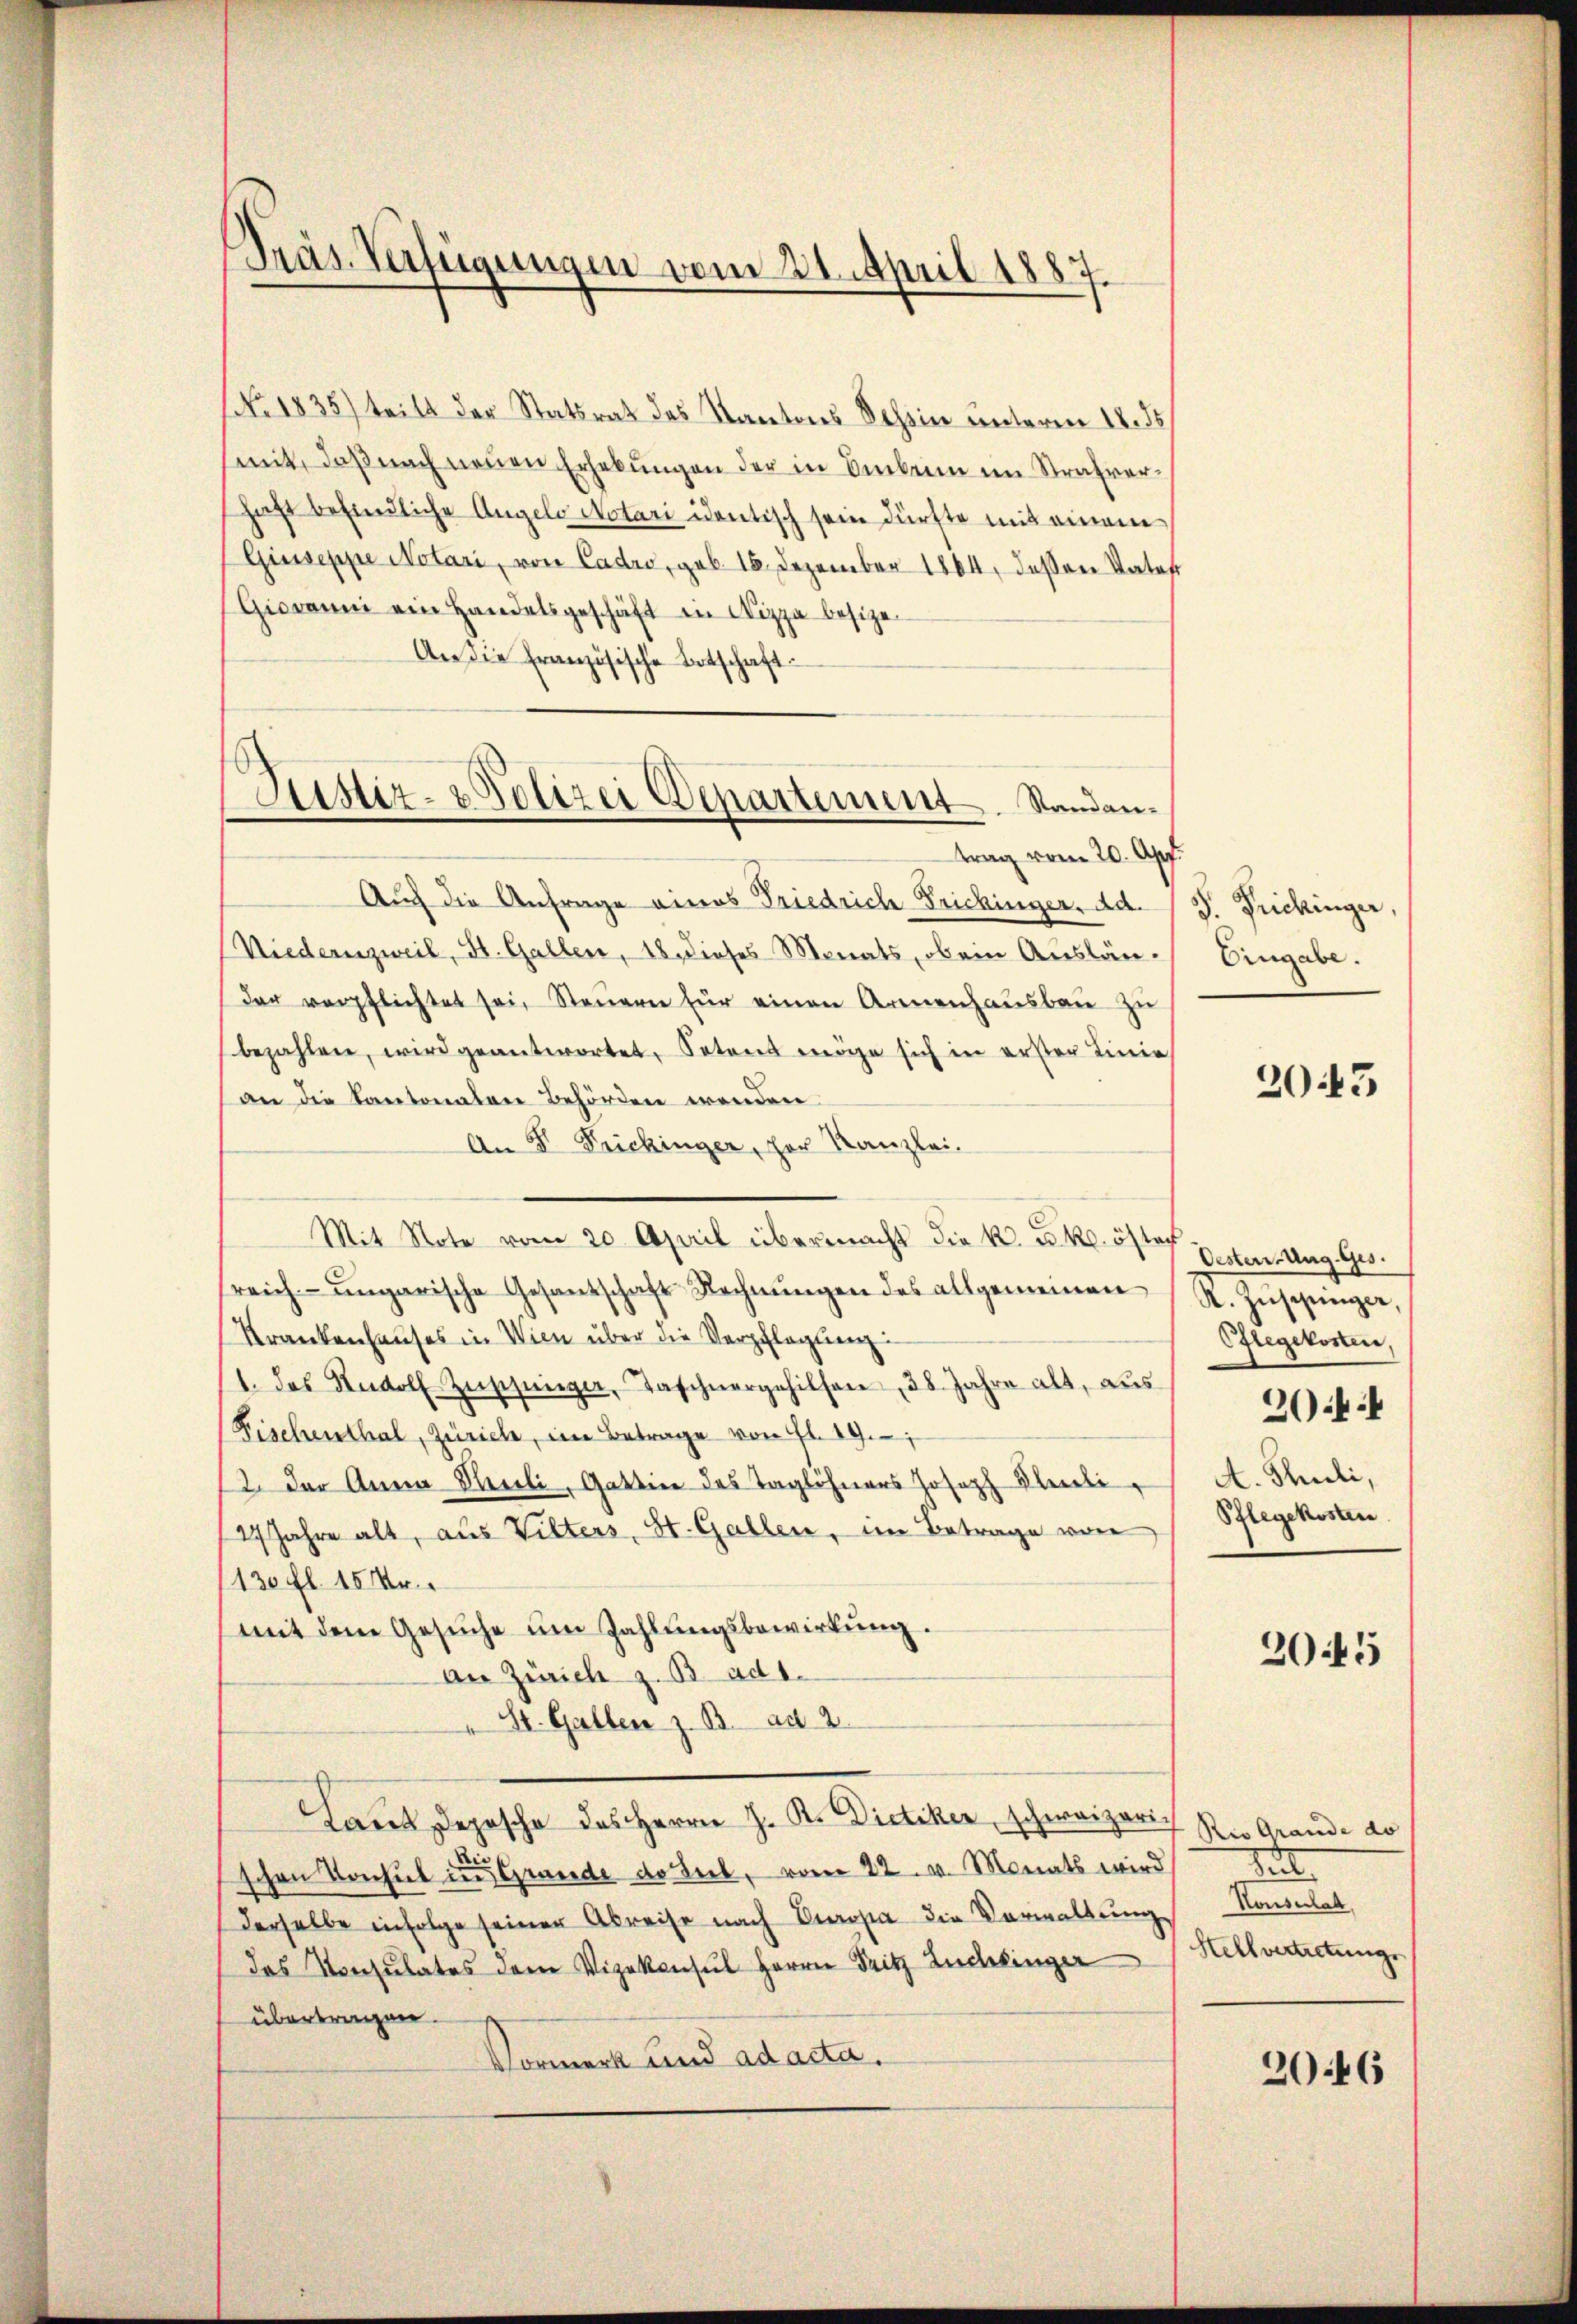
Präs. Verfügungen vom 21. April 1887

Justiz- & Polizei Departement. Standan¬

NNo. 1835) teilt der Statsrath des Kantons Tessin unterm 18. ds
mit, daß nach neuen Erhebungen der in Amber im Strafverhaft befindliche Angelo Notari identisch sein dürfte mit einem
Giuseppe Notari, von Cadro, geb. 18. Dezember 1864, deßen Vater
Giovanni ein Handelsgeschäft in Nizza besize-
An die französische Ortschaft
trag vom 20. Apr.
Auch die Anfrage eines Friedrich Frickinger, Ad.
Niedern zweil, St. Gallen, 18. dieses Monats, ob ein Auslän-
der verpflichtet sei, Steuern für einen Armenhausbau zu
bezahlen, wird geantwortet, Petens möge sich in erster Linie
an die Kantonalen Behörden wenden
An 5. Frickinger, her Kanzlei.
Mit Note vom 20. April übermacht die k. u. k. öster
sreich-ungarische Gesandschaft Rechnungen des allgemeinen
Krankenhauses in Wien über die Verpflegung:
1. das Rudolf Zuschinger, Taschnergehilfen, 38 Jahre alt, aŭs
Fischenthal, Zürich, im Betrage von fl. 19.
2. Der Anna Hereli, Gattin des Taglöhners Joseph Bleibe
27 Jahre alt, aus Wilters, St. Gallen, im Betrage von
(130 fl. 15 Xr.
mit dem Gesuche um Zahlungsbewirkung.
an Zürich z. B. ad 1.
" St. Gallen z. B. ad 2.
Laut Depesche des Herrn J. K. Dietiker, schweizerischen Konsul in Grunde der Lieb, vom 22. v. Monats wird
derselbe infolge seiner Abreise nach Dropa die Verwaltung
das Konsulates dem Vizekonsul Herrn Fritz Zuchbinger
übertragen.
Vormerk und ad acta.

S. Frickinger
Eingabe.

2043

Oesten Ung. Ges.
A. Zuschweizer,
Pflegekosten,
2044
A. Thuli,
Pflegekosten

3045

Rio Grande do
e
Konsulat,
Hellvertretung

2046